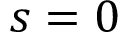
s = 0